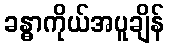
ခန္ဓာကိုယ်အပူချိန်